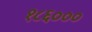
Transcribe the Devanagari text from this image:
१८६०००